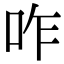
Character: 咋